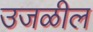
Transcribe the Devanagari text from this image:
उजळील